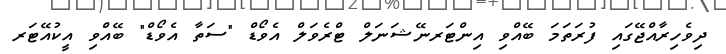
ދިވެހިރާއްޖޭގައި ފުރަތަމަ ބޭއްވި އިންޓަރނޭޝަނަލް ޓްރެވަލް އެވޯޑް "ސަތާ އެވޯޑް" ބޭއްވި އީކުއޭޓަރ